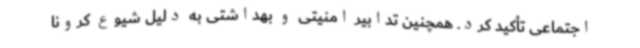
اجتماعی تأکید کرد. همچنین تدابیر امنیتی و بهداشتی به دلیل شیوع کرونا